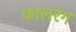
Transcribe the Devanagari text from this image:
कालरंग